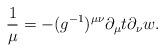
LaTeX: \begin{align*} \frac{1}{\mu}=-(g^{-1})^{\mu\nu}\partial_\mu t\partial_\nu w.\end{align*}